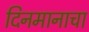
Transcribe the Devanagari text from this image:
दिनमानाचा